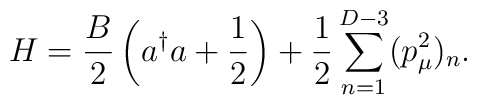
H=\frac{B}{2}\left( a^\dag a +\frac{1}{2}\right)   +\frac{1}2\sum_{n=1}^{D-3}(p_\mu^2)_n.